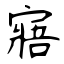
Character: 寤